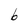
Character: b